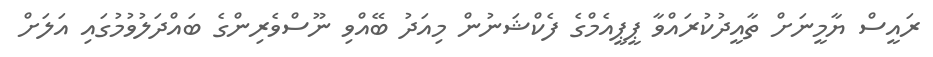
ރައީސް ޔާމީނަށް ތާއީދުކުރައްވާ ޕީޕީއެމްގެ ފެކްޝަނުން މިއަދު ބޭއްވި ނޫސްވެރިންގެ ބައްދަލުވުމުގައި އަލަށް